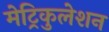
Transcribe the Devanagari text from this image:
मेट्रिकुलेशन